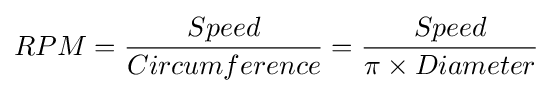
RPM={Speed \over Circumference}={Speed \over \pi \times Diameter}